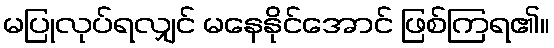
မပြုလုပ်ရလျှင် မနေနိုင်အောင် ဖြစ်ကြရ၏။